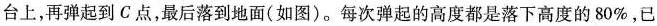
台上，再弹起到C点，最后落到地面(如图)。每次弹起的高度都是落下高度的80%，已